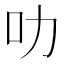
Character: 叻